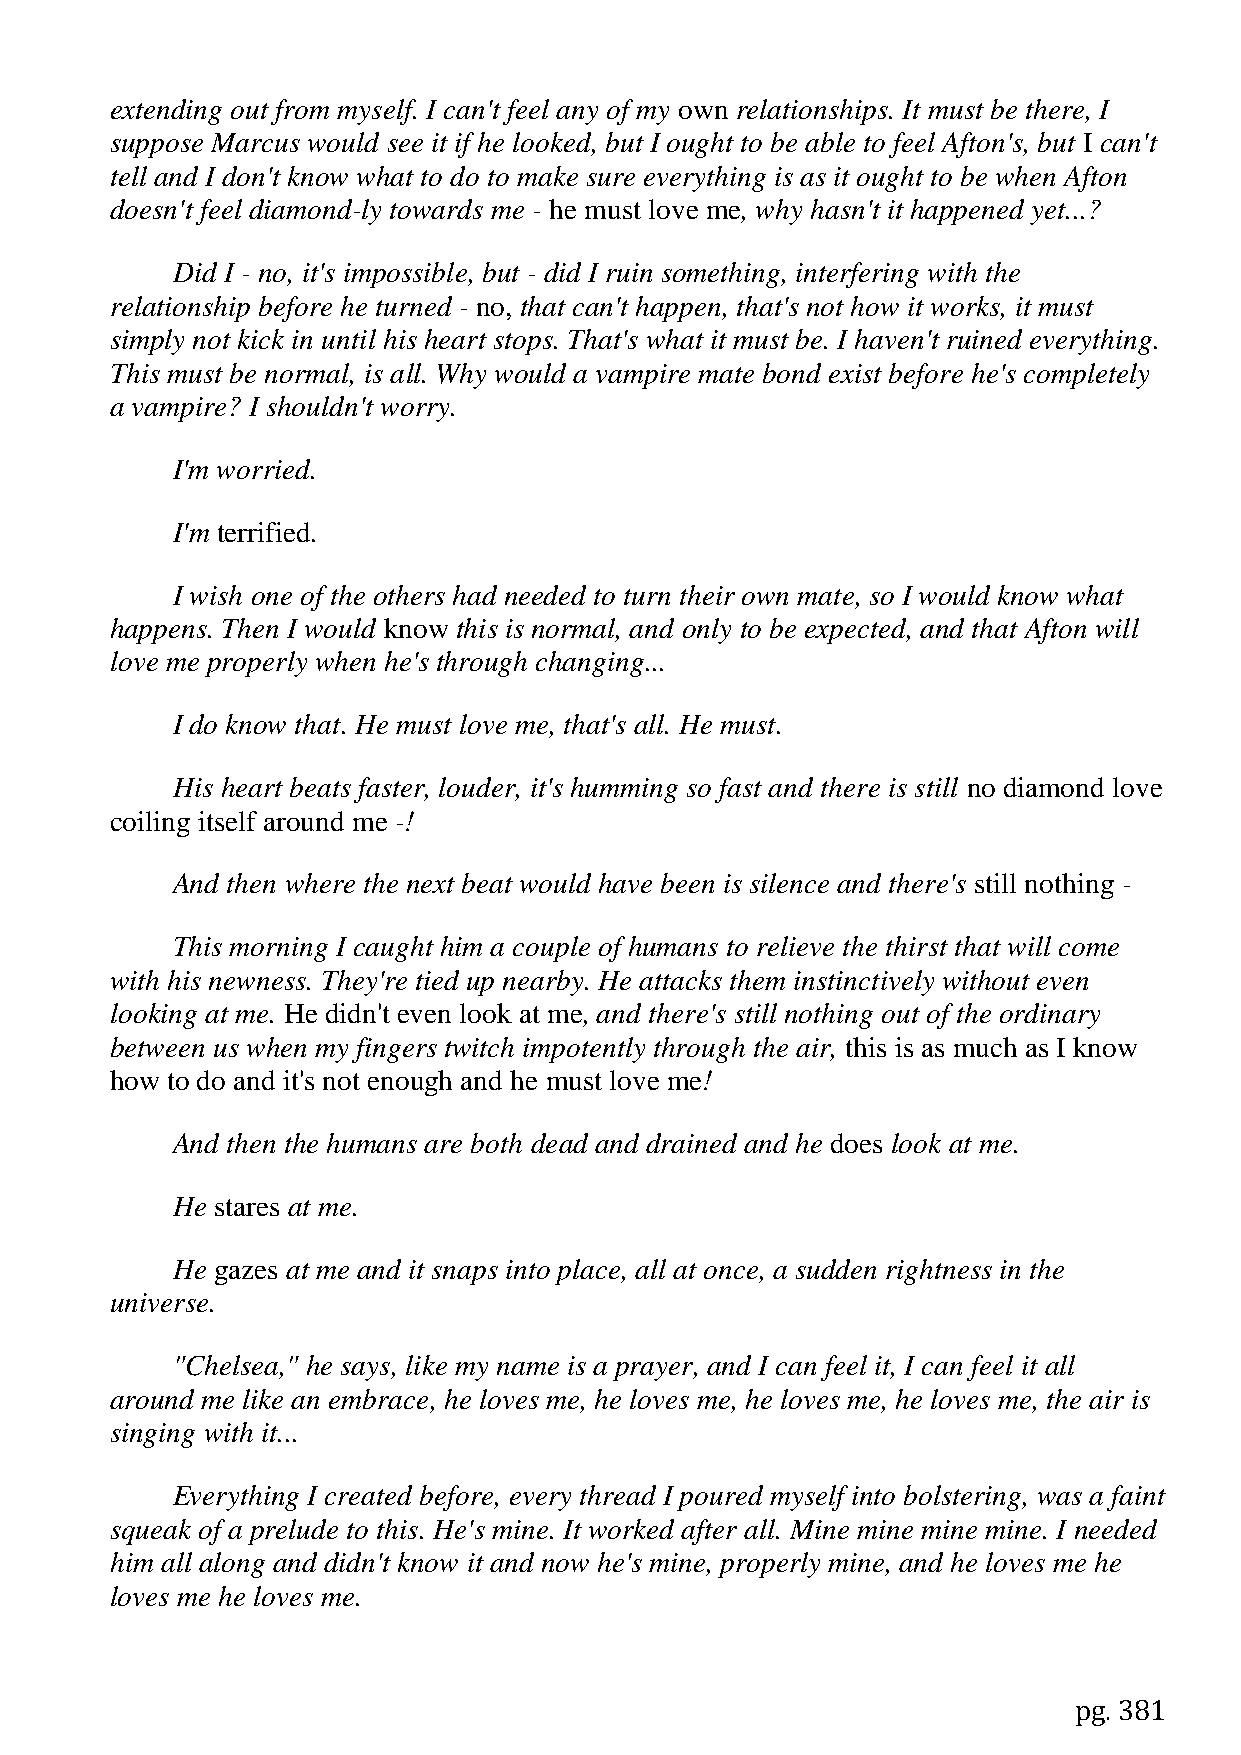
extending out from myself. I can't feel any of my own relationships. It must be there, I
 suppose Marcus would see it if he looked, but I ought to be able to feel Afton's, but I can't
 tell and I don't know what to do to make sure everything is as it ought to be when Afton
 doesn't feel diamond-ly towards me - he must love me, why hasn't it happened yet...?
 Did I - no, it's impossible, but - did I ruin something, interfering with the
 relationship before he turned - no, that can't happen, that's not how it works, it must
 simply not kick in until his heart stops. That's what it must be. I haven't ruined everything.
 This must be normal, is all. Why would a vampire mate bond exist before he's completely
 a vampire? I shouldn't worry.
 I'm worried.
 I'm terrified.
 I wish one of the others had needed to turn their own mate, so I would know what
 happens. Then I would know this is normal, and only to be expected, and that Afton will
 love me properly when he's through changing...
 I do know that. He must love me, that's all. He must.
 His heart beats faster, louder, it's humming so fast and there is still no diamond love
 coiling itself around me -!
 And then where the next beat would have been is silence and there's still nothing -
 This morning I caught him a couple of humans to relieve the thirst that will come
 with his newness. They're tied up nearby. He attacks them instinctively without even
 looking at me. He didn't even look at me, and there's still nothing out of the ordinary
 between us when my fingers twitch impotently through the air, this is as much as I know
 how to do and it's not enough and he must love me!
 And then the humans are both dead and drained and he does look at me.
 He stares at me.
 He gazes at me and it snaps into place, all at once, a sudden rightness in the
 universe.
 "Chelsea," he says, like my name is a prayer, and I can feel it, I can feel it all
 around me like an embrace, he loves me, he loves me, he loves me, he loves me, the air is
 singing with it...
 Everything I created before, every thread I poured myself into bolstering, was a faint
 squeak of a prelude to this. He's mine. It worked after all. Mine mine mine mine. I needed
 him all along and didn't know it and now he's mine, properly mine, and he loves me he
 loves me he loves me.
 pg. 381